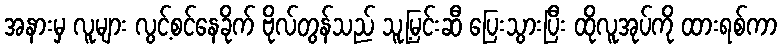
အနားမှ လူများ လွင့်စင်နေခိုက် ဗိုလ်တွန်သည် သူ့မြင်းဆီ ပြေးသွားပြီး ထိုလူအုပ်ကို ထားရစ်ကာ